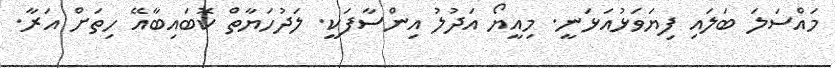
މައްސަލަ ބަލައި ފިޔަވަޅުއަޅަނީ. މިއީޔޯ އަދުލު އިންސާފަކީ. ލަދުހަޔާތް ކޮބައިބާއޭ ހިތަށް އަރާ.